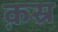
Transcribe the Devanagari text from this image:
क़स्र